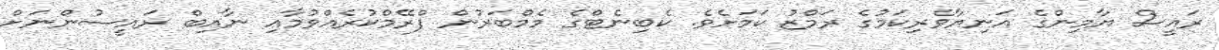
ރައީސް ޔާމިންގެ އަނިޔާވެރިކަމުގެ ރަމްޒު ކަމަށެވެ. ކެބިނެޓްގެ މެމްބަރުން ފްރޭމްކުރެއްވުމާއި ނާއިބް ރައީސުންނަށް